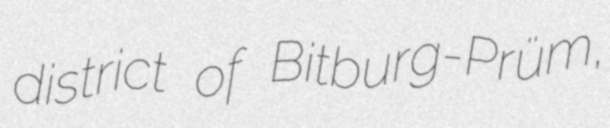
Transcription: district of Bitburg-Prüm,